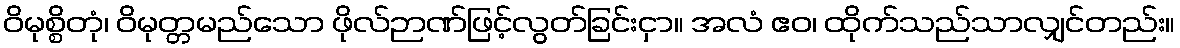
ဝိမုစ္စိတုံ၊ ဝိမုတ္တမည်သော ဖိုလ်ဉာဏ်ဖြင့်လွတ်ခြင်းငှာ။ အလံ ဧဝ၊ ထိုက်သည်သာလျှင်တည်း။